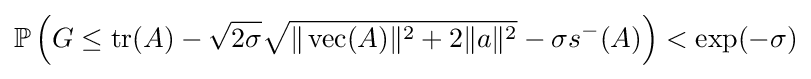
\mathbb {P} \left(G\leq \operatorname {tr} (A)-{\sqrt {2\sigma }}{\sqrt {\Vert \operatorname {vec} (A)\Vert ^{2}+2\Vert a\Vert ^{2}}}-\sigma s^{-}(A)\right)<\exp(-\sigma )